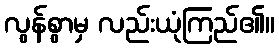
လွန်စွာမှ လည်းယုံကြည်၏။